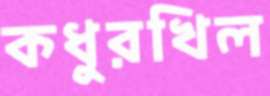
কধুরখিল